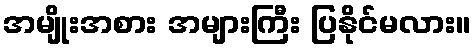
အမျိုးအစား အများကြီး ပြနိုင်မလား။